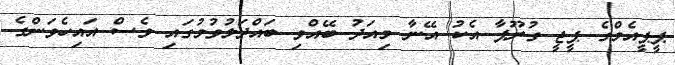
ޕީޕީއެމްގެ ޕީޖީ ގުރޫޕާ އެކު އޭނާ މިއަދު ބޭއްވި ބައްދަލުވުމުގައި ވެސް އައިހެވަންގެ